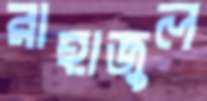
রাহাজুল